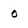
Character: 0